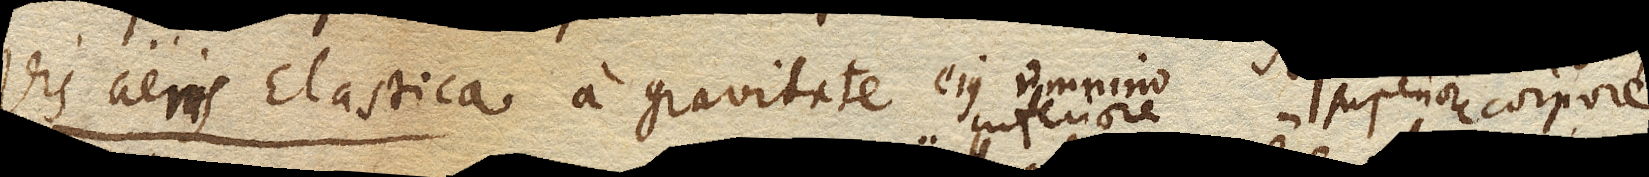
Vis aeris Elastica a gravitate ejus omnino incumbente superiore corpore